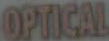
OPTICAL